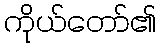
ကိုယ်တော်၏